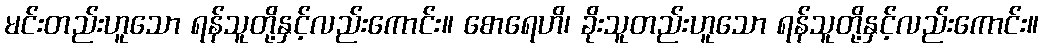
မင်းတည်းဟူသော ရန်သူတို့နှင့်လည်းကောင်း။ စောရေဟိ၊ ခိုးသူတည်းဟူသော ရန်သူတို့နှင့်လည်းကောင်း။